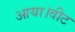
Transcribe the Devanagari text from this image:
आया।वीट